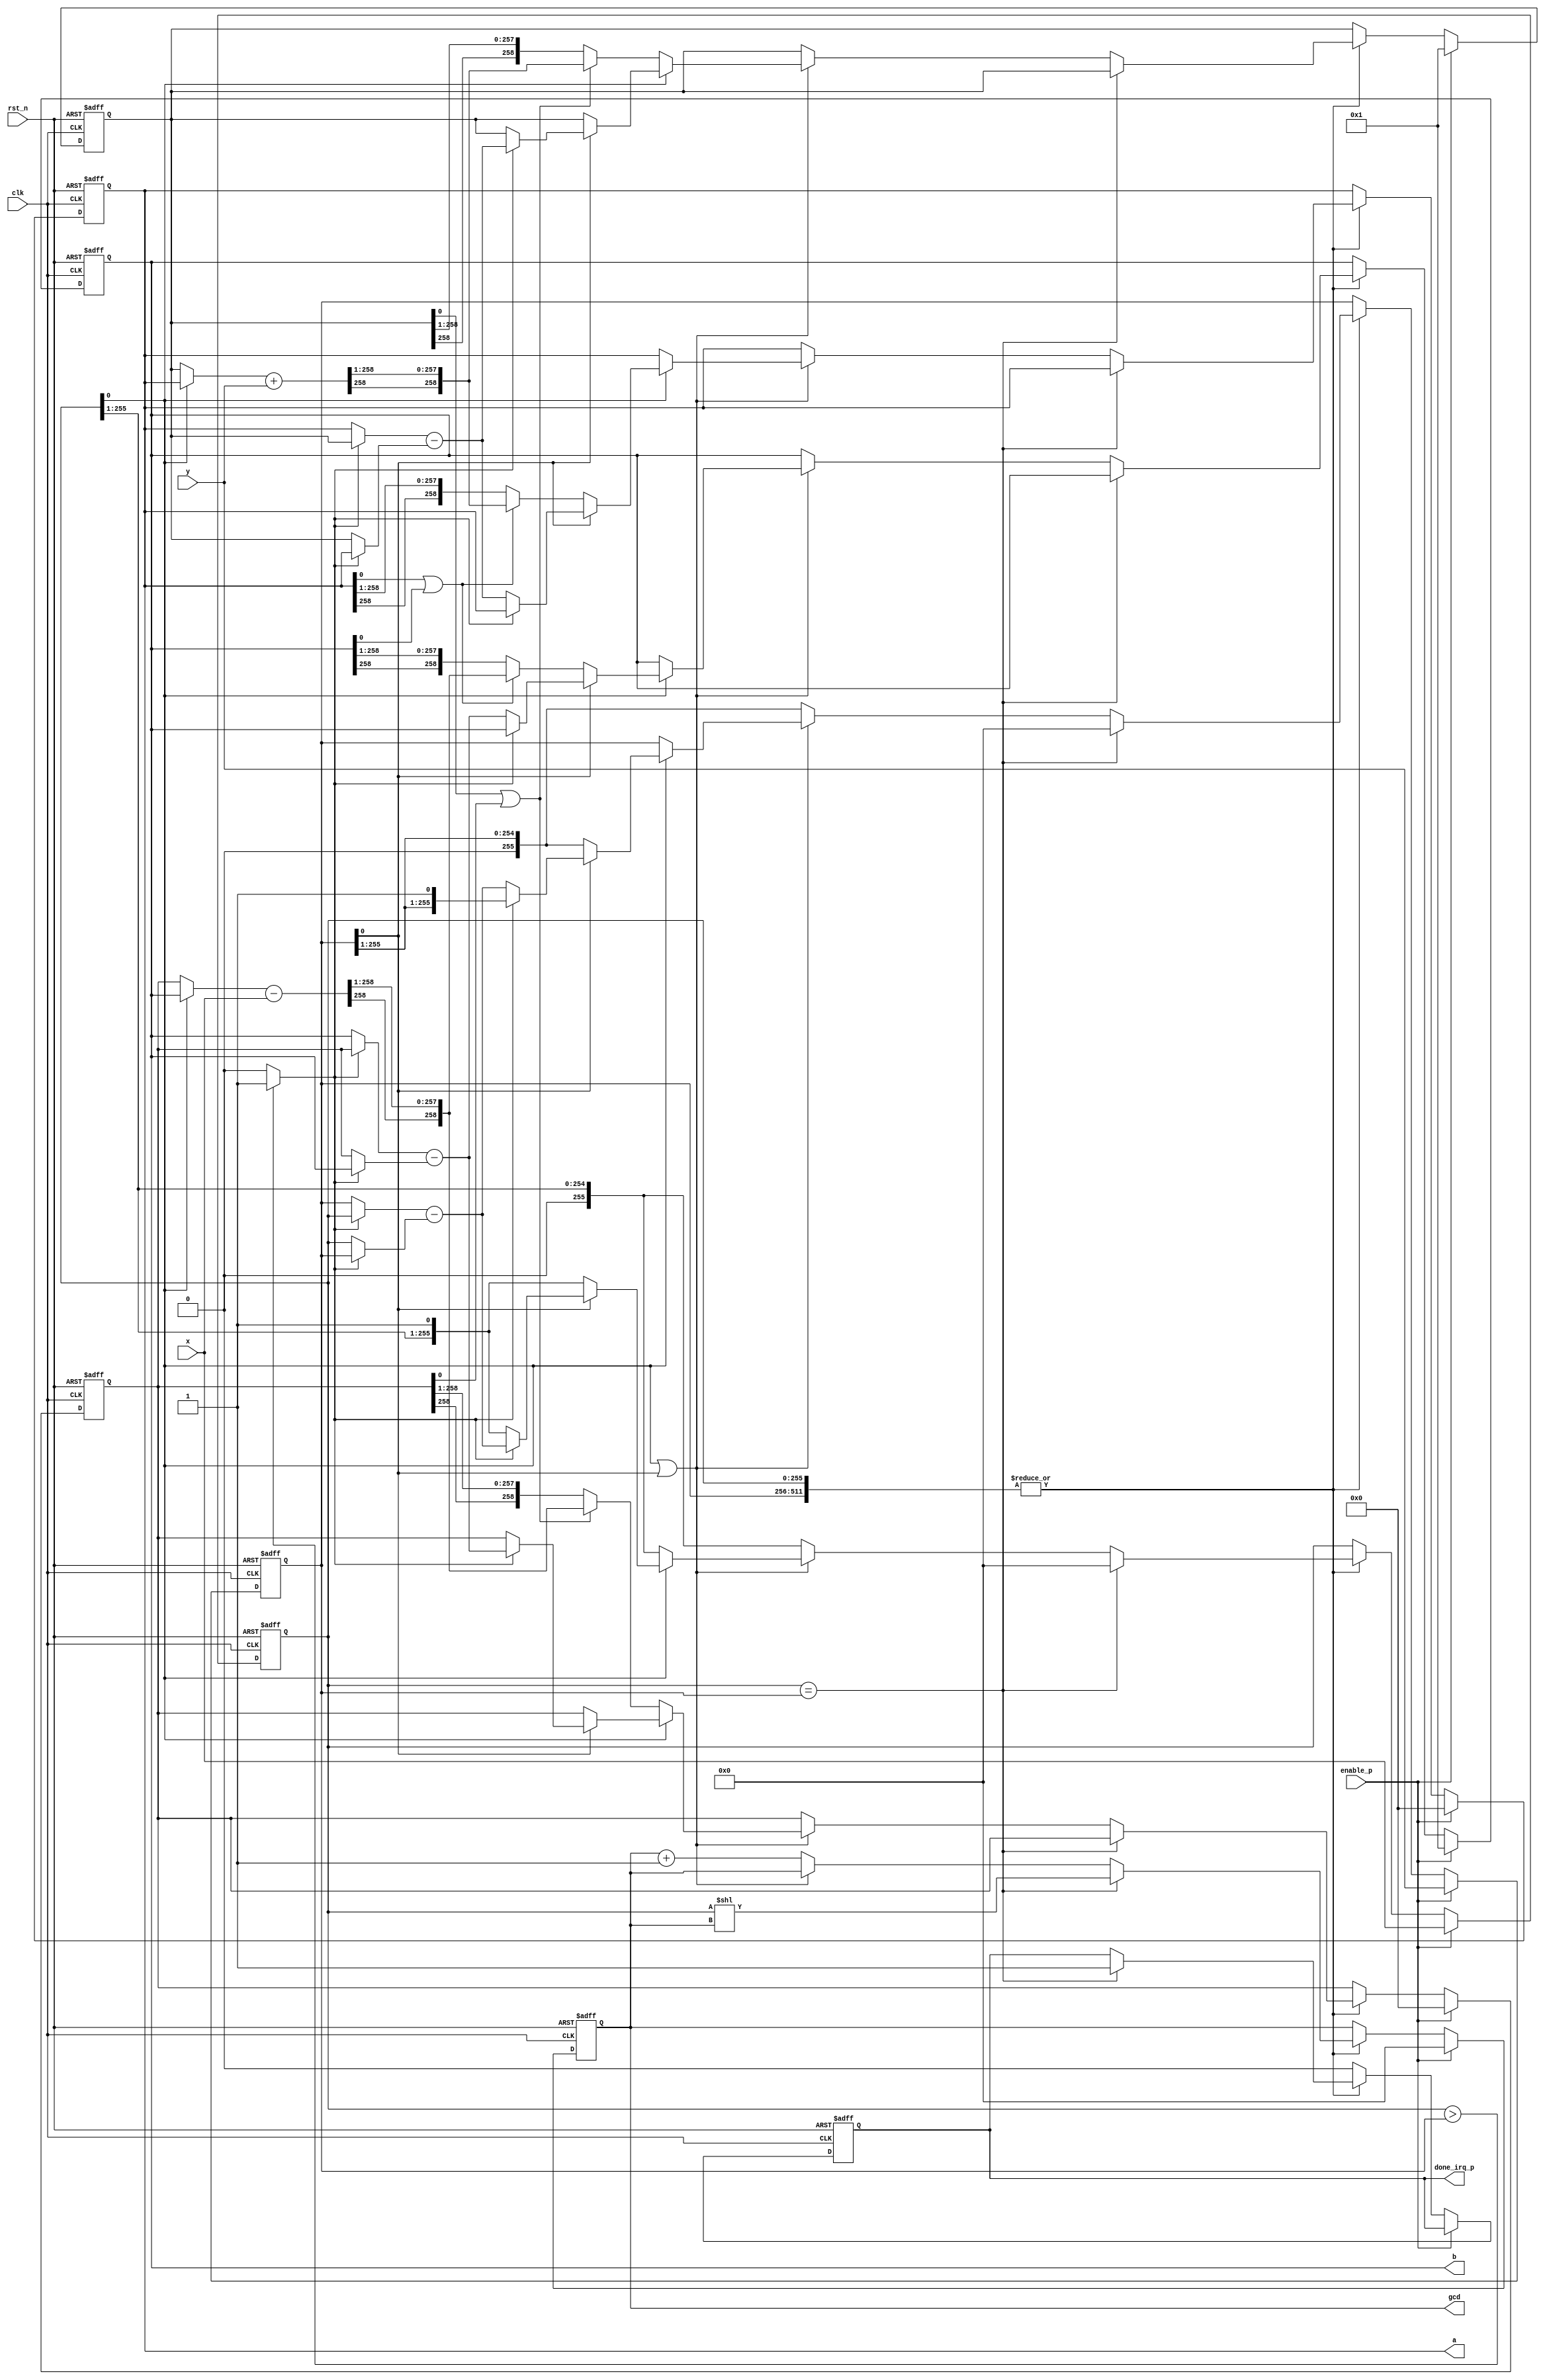
// Code your design here

module bin_ext_gcd #(
  parameter NBITS = 256) (
  input               clk,
  input               rst_n,
  input               enable_p,
  input  [NBITS-1 :0] x,
  input  [NBITS-1 :0] y,
  output [NBITS+2 :0] a,
  output [NBITS+2 :0] b,
  output [NBITS-1 :0] gcd,
  output              done_irq_p
);

//Register Wire Declaration

reg signed [NBITS+2 :0] ax_loc;
reg signed [NBITS+2 :0] bx_loc;
reg signed [NBITS+2 :0] ay_loc;
reg signed [NBITS+2 :0] by_loc;

wire signed [NBITS+2 :0] a_loc;
wire signed [NBITS+2 :0] b_loc;

wire signed [NBITS+2 :0] a_loc_add_y;
wire signed [NBITS+2 :0] b_loc_sub_x;


reg [NBITS-1 :0] x_loc;
reg [NBITS-1 :0] y_loc;
reg [NBITS-1 :0] gcd_loc;
reg              done_irq_p_loc;

wire             x_loc_y_loc_comp;
wire [NBITS-1:0] x_loc_y_loc_diff_arg0;
wire [NBITS-1:0] x_loc_y_loc_diff_arg1;
wire [NBITS-1:0] x_loc_y_loc_diff;

wire signed [NBITS+2 :0] ax_loc_ay_loc_diff_arg0;
wire signed [NBITS+2 :0] ax_loc_ay_loc_diff_arg1;
wire signed [NBITS+2 :0] ax_loc_ay_loc_diff;
wire signed [NBITS+2 :0] bx_loc_by_loc_diff_arg0;
wire signed [NBITS+2 :0] bx_loc_by_loc_diff_arg1;
wire signed [NBITS+2 :0] bx_loc_by_loc_diff;

wire [NBITS-1 :0] x_s;
wire [NBITS-1 :0] x_s_loc;
wire [NBITS-1 :0] y_s;


assign x_s = x;
assign y_s = y;

always @ (posedge clk or negedge rst_n) begin
  if (rst_n == 1'b0) begin
    ax_loc   <= {2'b0, {NBITS{1'b0}},     1'b1};
    bx_loc   <= {2'b0, {NBITS{1'b0}},     1'b0};
    ay_loc   <= {2'b0, {NBITS{1'b0}},     1'b0};
    by_loc   <= {2'b0, {NBITS{1'b0}},     1'b1};
    x_loc    <= {NBITS{1'b0}};
    y_loc    <= {NBITS{1'b0}};
    gcd_loc  <= {NBITS{1'b0}};
    done_irq_p_loc <= 1'b0;
  end
  else begin
    if (enable_p == 1'b1) begin
      x_loc    <= x_s;
      y_loc    <= y_s;
      ax_loc   <= {2'b0, {NBITS{1'b0}},     1'b1};
      bx_loc   <= {2'b0, {NBITS{1'b0}},     1'b0};
      ay_loc   <= {2'b0, {NBITS{1'b0}},     1'b0};
      by_loc   <= {2'b0, {NBITS{1'b0}},     1'b1};
      gcd_loc  <= {NBITS{1'b0}};
    end
    else if (|({x_loc,y_loc}) == 1'b1) begin
      if (x_loc == y_loc) begin    //GCD Found
        x_loc          <= {NBITS{1'b0}};
        y_loc          <= {NBITS{1'b0}};
        gcd_loc        <= x_loc << gcd_loc ;
        done_irq_p_loc <= 1'b1;
        //end
      end 
      else if ((x_loc[0] | y_loc[0]) == 1'b0) begin  //If both are divisible by 2,
        x_loc   <= x_loc >> 1;
        y_loc   <= y_loc >> 1;
        gcd_loc <= gcd_loc + 1'b1;                   // increment the final gcd shift factor
      end
      else if (x_loc[0] == 1'b0) begin               //If x_loc is even
        x_loc   <= x_loc >> 1;
        if ((ax_loc[0] | bx_loc[0]) == 1'b0) begin
          ax_loc <= ax_loc >>> 1;   //div2
          bx_loc <= bx_loc >>> 1;   //div2
        end
        else begin  //ax + by = ax + by + xy - xy = (a+y)x + (b-x)y. Now divide by 2
          ax_loc <= a_loc_add_y >>> 1; 
          bx_loc <= b_loc_sub_x >>> 1;
        end
      end
      else if (y_loc[0] == 1'b0) begin
        y_loc   <= y_loc >> 1;
        if ((ay_loc[0] | by_loc[0]) == 1'b0) begin
          ay_loc <= ay_loc >>> 1;
          by_loc <= by_loc >>> 1;
        end
        else begin
          ay_loc <= a_loc_add_y >>> 1;
          by_loc <= b_loc_sub_x >>> 1;
        end
      end
      else if (x_loc_y_loc_comp == 1'b1) begin
        x_loc   <= x_loc_y_loc_diff;
        ax_loc  <= ax_loc_ay_loc_diff;
        bx_loc  <= bx_loc_by_loc_diff;
      end
      else begin
        y_loc   <= x_loc_y_loc_diff;
        ay_loc  <= ax_loc_ay_loc_diff;
        by_loc  <= bx_loc_by_loc_diff;
      end
    end
    else begin
      done_irq_p_loc <= 1'b0;
    end
  end
end



        assign a_loc       =  (x_loc[0] == 1'b0) ? ax_loc : ay_loc;
        assign b_loc       =  (x_loc[0] == 1'b0) ? bx_loc : by_loc;
        assign x_s_loc     =   x_s;
        assign a_loc_add_y =  (a_loc + y_s);
        assign b_loc_sub_x =  (b_loc - x_s_loc);


        assign x_loc_y_loc_comp        = (x_loc > y_loc)  ? 1'b1 : 1'b0;
        assign x_loc_y_loc_diff_arg0   = x_loc_y_loc_comp ? x_loc : y_loc;
        assign x_loc_y_loc_diff_arg1   = x_loc_y_loc_comp ? y_loc : x_loc;
        assign x_loc_y_loc_diff        = x_loc_y_loc_diff_arg0   - x_loc_y_loc_diff_arg1;

        assign ax_loc_ay_loc_diff_arg0 = x_loc_y_loc_comp ? ax_loc : ay_loc;
        assign ax_loc_ay_loc_diff_arg1 = x_loc_y_loc_comp ? ay_loc : ax_loc;
        assign bx_loc_by_loc_diff_arg0 = x_loc_y_loc_comp ? bx_loc : by_loc;
        assign bx_loc_by_loc_diff_arg1 = x_loc_y_loc_comp ? by_loc : bx_loc;
        assign ax_loc_ay_loc_diff      = ax_loc_ay_loc_diff_arg0 - ax_loc_ay_loc_diff_arg1;
        assign bx_loc_by_loc_diff      = bx_loc_by_loc_diff_arg0 - bx_loc_by_loc_diff_arg1;

        assign a   = ay_loc;
        assign b   = by_loc;
        assign gcd = gcd_loc;
        assign done_irq_p = done_irq_p_loc;

endmodule